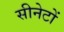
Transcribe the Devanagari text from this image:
सीनेटों